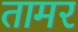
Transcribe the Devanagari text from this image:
तामर